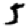
Digit: 5